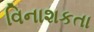
વિનાશકતા